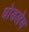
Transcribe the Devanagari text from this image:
घोडलेम